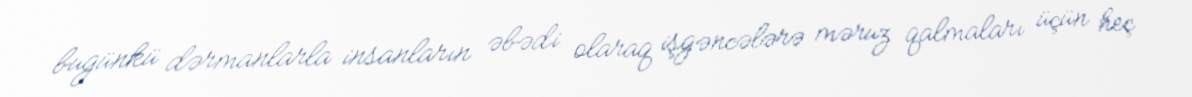
bugünkü dərmanlarla insanların əbədi olaraq işgəncələrə məruz qalmaları üçün heç